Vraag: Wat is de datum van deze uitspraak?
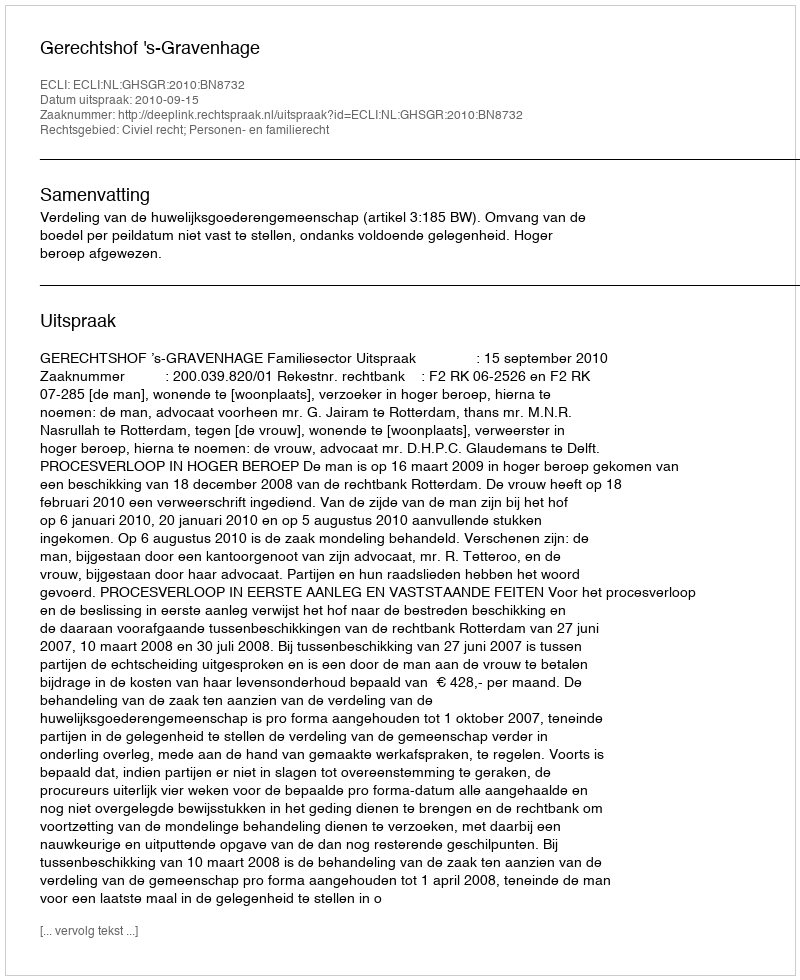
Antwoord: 2010-09-15